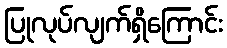
ပြုလုပ်လျက်ရှိကြောင်း